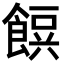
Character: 𮩂